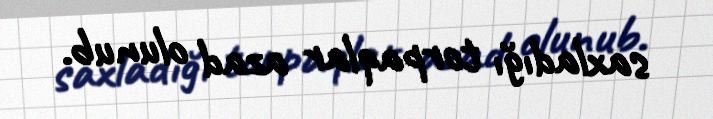
saxladığı torpaqlar azad olunub.